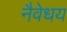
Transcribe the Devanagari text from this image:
नैवेधय